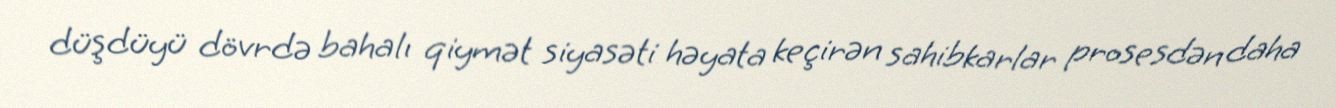
düşdüyü dövrdə bahalı qiymət siyasəti həyata keçirən sahibkarlar prosesdən daha